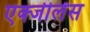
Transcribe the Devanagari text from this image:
एक्जीलेंस